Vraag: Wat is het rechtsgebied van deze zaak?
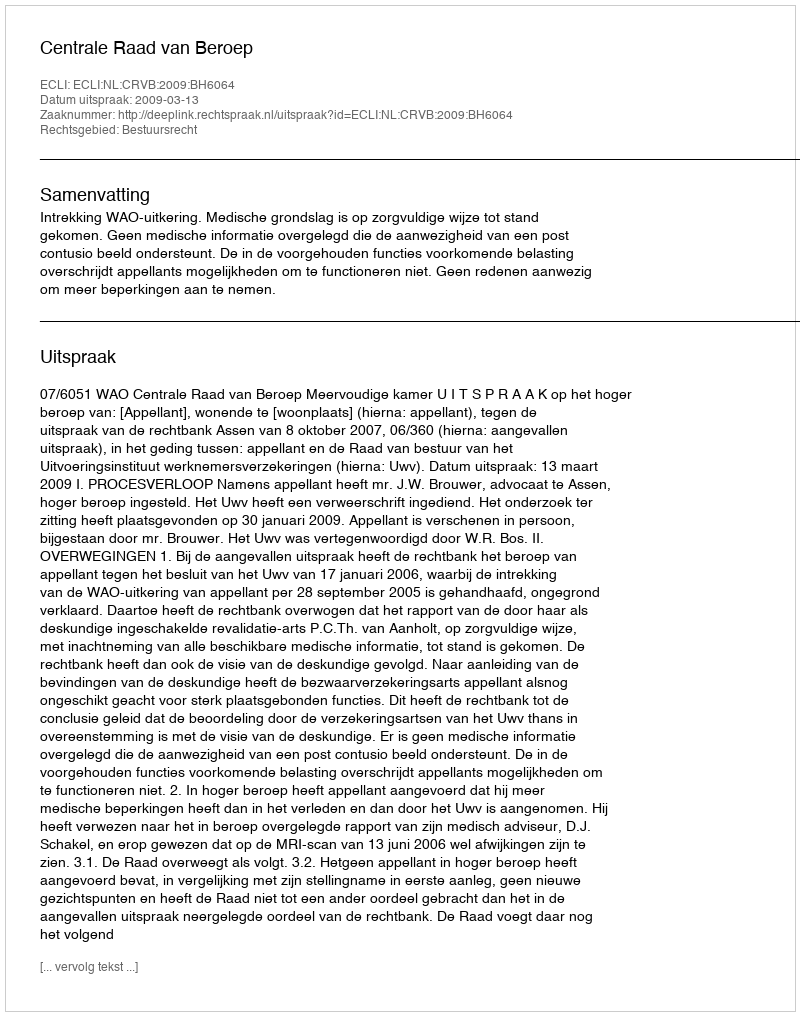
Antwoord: Bestuursrecht